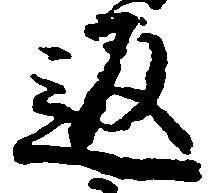
返